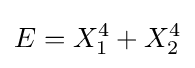
E=X_{1}^{4}+X_{2}^{4}